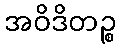
အဝိဒိတဉ္စ